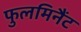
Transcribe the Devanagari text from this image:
फुलमिनैंट